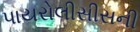
પાયરોલીસીસની